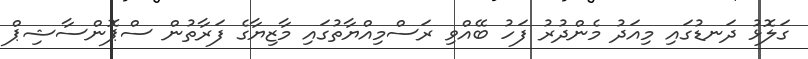
ގަލޮޅު ދަނޑުގައި މިއަދު މެންދުރު ފަހު ބޭއްވި ރަސްމިއްޔާތުގައި މާޒިޔާގެ ފަރާތުން ސްޕޮންސާޝިޕް